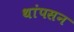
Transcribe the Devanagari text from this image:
थांपसन